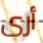
أرى